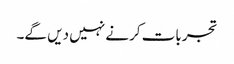
تجربات کرنے نہیں دیں گے۔